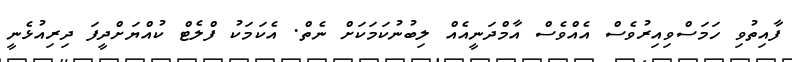
ފާއިތުވި ހަމަސްވިއިރުވެސް އެއްވެސް އާމްދަނީއެއް ލިބުނުކަމަކަށް ނެތް. އެކަމަކު ފްލެޓް ކުއްޔަށްދީފަ ދިރިއުޅެނީ